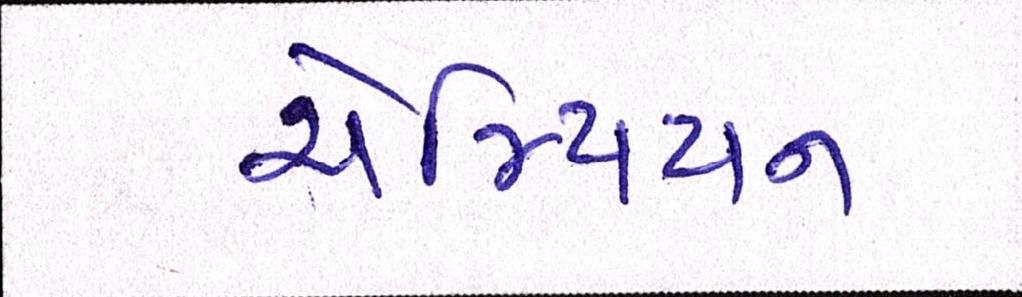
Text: ચેમ્પિયન